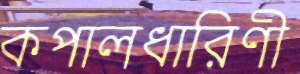
কপালধারিণী